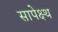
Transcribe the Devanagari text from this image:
सापेक्ष्थ